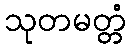
သုတမတ္တံ